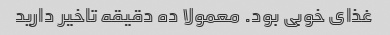
غذای خوبی بود. معمولا ده دقیقه تاخیر دارید